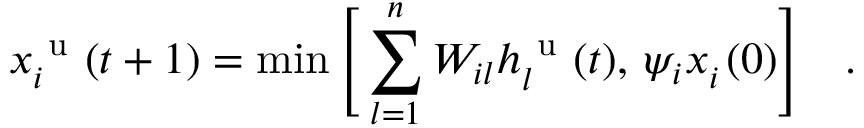
x _ { i } ^ { \mathrm { ~ u ~ } } ( t + 1 ) = \operatorname* { m i n } \Bigg [ \sum _ { l = 1 } ^ { n } W _ { i l } h _ { l } ^ { \mathrm { ~ u ~ } } ( t ) , \, \psi _ { i } x _ { i } ^ { \mathrm { ~ } } ( 0 ) \Bigg ] \quad .